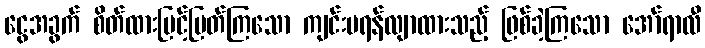
ငွေအခွက် စိတ်ထားမြင့်မြတ်ကြသော ကျင်းပရန်လျာထားသည့် ဖြစ်ခဲ့ကြသော အော်ရာလီ